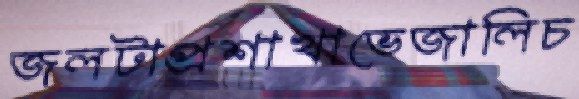
জলটাপ্রশাখাভেজালিচ